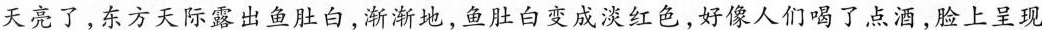
天亮了，东方天际露出鱼肚白，渐渐地，鱼肚白变成淡红色好像，人们喝了点酒，脸上呈现